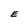
Character: E